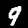
Label: 9